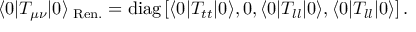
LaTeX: \langle 0 | T _ { \mu \nu } | 0 \rangle _ { \mathrm { \tiny ~ R e n . } } = \mathrm { d i a g } \left[ \langle 0 | T _ { t t } | 0 \rangle , 0 , \langle 0 | T _ { l l } | 0 \rangle , \langle 0 | T _ { l l } | 0 \rangle \right] .